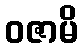
ဝဇာမိ